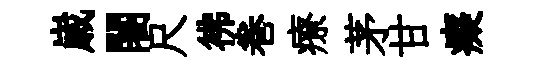
𡻕闍尺彿巻療茅甘癡